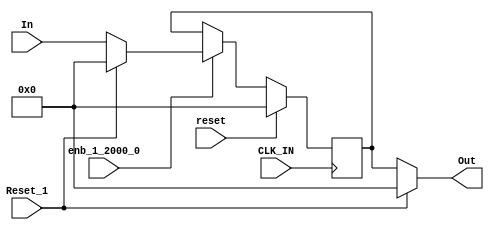
module controllerHdl_Reset_Delay
          (
           CLK_IN,
           reset,
           enb_1_2000_0,
           Reset_1,
           In,
           Out
          );


  input   CLK_IN;
  input   reset;
  input   enb_1_2000_0;
  input   Reset_1;
  input   signed [31:0] In;  // sfix32_En27
  output  signed [31:0] Out;  // sfix32_En27


  wire signed [31:0] Constant1_out1;  // sfix32_En27
  wire signed [31:0] Reset_Switch1_out1;  // sfix32_En27
  reg signed [31:0] In_Delay_out1;  // sfix32_En27
  wire signed [31:0] Constant_out1;  // sfix32_En27
  wire signed [31:0] Reset_Switch_out1;  // sfix32_En27


  // <S24>/Constant1
  assign Constant1_out1 = 32'sb00000000000000000000000000000000;



  // <S24>/Reset_Switch1
  assign Reset_Switch1_out1 = (Reset_1 == 1'b0 ? In :
              Constant1_out1);



  // <S24>/In_Delay
  always @(posedge CLK_IN)
    begin : In_Delay_process
      if (reset == 1'b1) begin
        In_Delay_out1 <= 32'sb00000000000000000000000000000000;
      end
      else if (enb_1_2000_0) begin
        In_Delay_out1 <= Reset_Switch1_out1;
      end
    end



  // <S24>/Constant
  assign Constant_out1 = 32'sb00000000000000000000000000000000;



  // <S24>/Reset_Switch
  assign Reset_Switch_out1 = (Reset_1 == 1'b0 ? In_Delay_out1 :
              Constant_out1);



  assign Out = Reset_Switch_out1;

endmodule